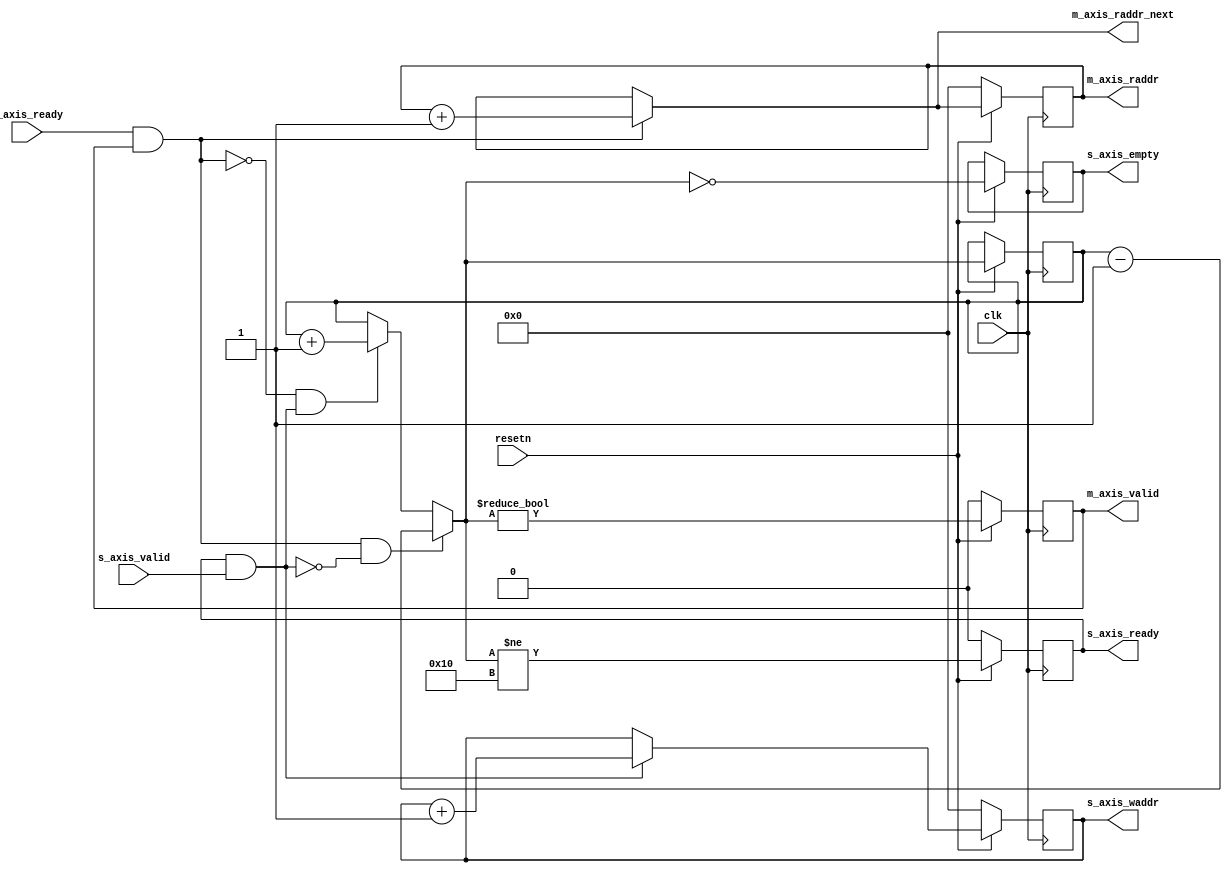
module fifo_address_sync (
	input clk,
	input resetn,

	input m_axis_ready,
	output reg m_axis_valid,
	output reg  [C_ADDRESS_WIDTH-1:0] m_axis_raddr,
	output reg [C_ADDRESS_WIDTH-1:0] m_axis_raddr_next,

	output reg s_axis_ready,
	input s_axis_valid,
	output reg s_axis_empty,
	output reg [C_ADDRESS_WIDTH-1:0] s_axis_waddr
);

parameter C_ADDRESS_WIDTH = 4;

reg [C_ADDRESS_WIDTH:0] level;
reg [C_ADDRESS_WIDTH:0] level_next;

wire read = m_axis_ready & m_axis_valid;
wire write = s_axis_ready & s_axis_valid;

always @(*)
begin
	if (read)
		m_axis_raddr_next <= m_axis_raddr + 1'b1;
	else
		m_axis_raddr_next <= m_axis_raddr;
end

always @(posedge clk)
begin
	if (resetn == 1'b0) begin
		s_axis_waddr <= 'h00;
		m_axis_raddr <= 'h00;
	end else begin
		if (write)
			s_axis_waddr <= s_axis_waddr + 1'b1;
		m_axis_raddr <= m_axis_raddr_next;
	end
end

always @(*)
begin
	if (read & ~write)
		level_next <= level - 1'b1;
	else if (~read & write)
		level_next <= level + 1'b1;
	else
		level_next <= level;
end

always @(posedge clk)
begin
	if (resetn == 1'b0) begin
		m_axis_valid <= 1'b0;
		s_axis_ready <= 1'b0;
	end else begin
		level <= level_next;
		m_axis_valid <= level_next != 0;
		s_axis_ready <= level_next != 2**C_ADDRESS_WIDTH;
		s_axis_empty <= level_next == 0;
	end
end

endmodule